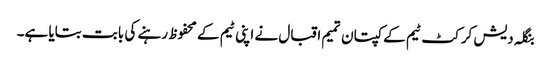
بنگلہ دیش کرکٹ ٹیم کے کپتان تمیم اقبال نے اپنی ٹیم کے محفوظ رہنے کی بابت بتایا ہے۔